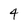
Character: 4